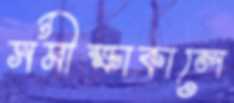
সমীক্ষাকালে